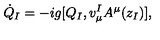
\dot { Q } _ { I } = - i g [ Q _ { I } , v _ { \mu } ^ { I } A ^ { \mu } ( z _ { I } ) ] ,